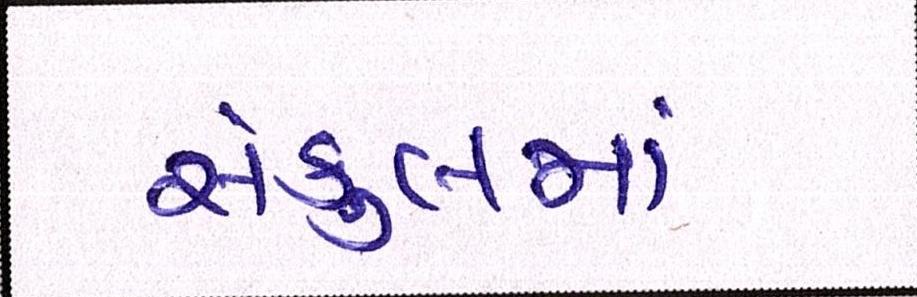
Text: સંકુલમાં